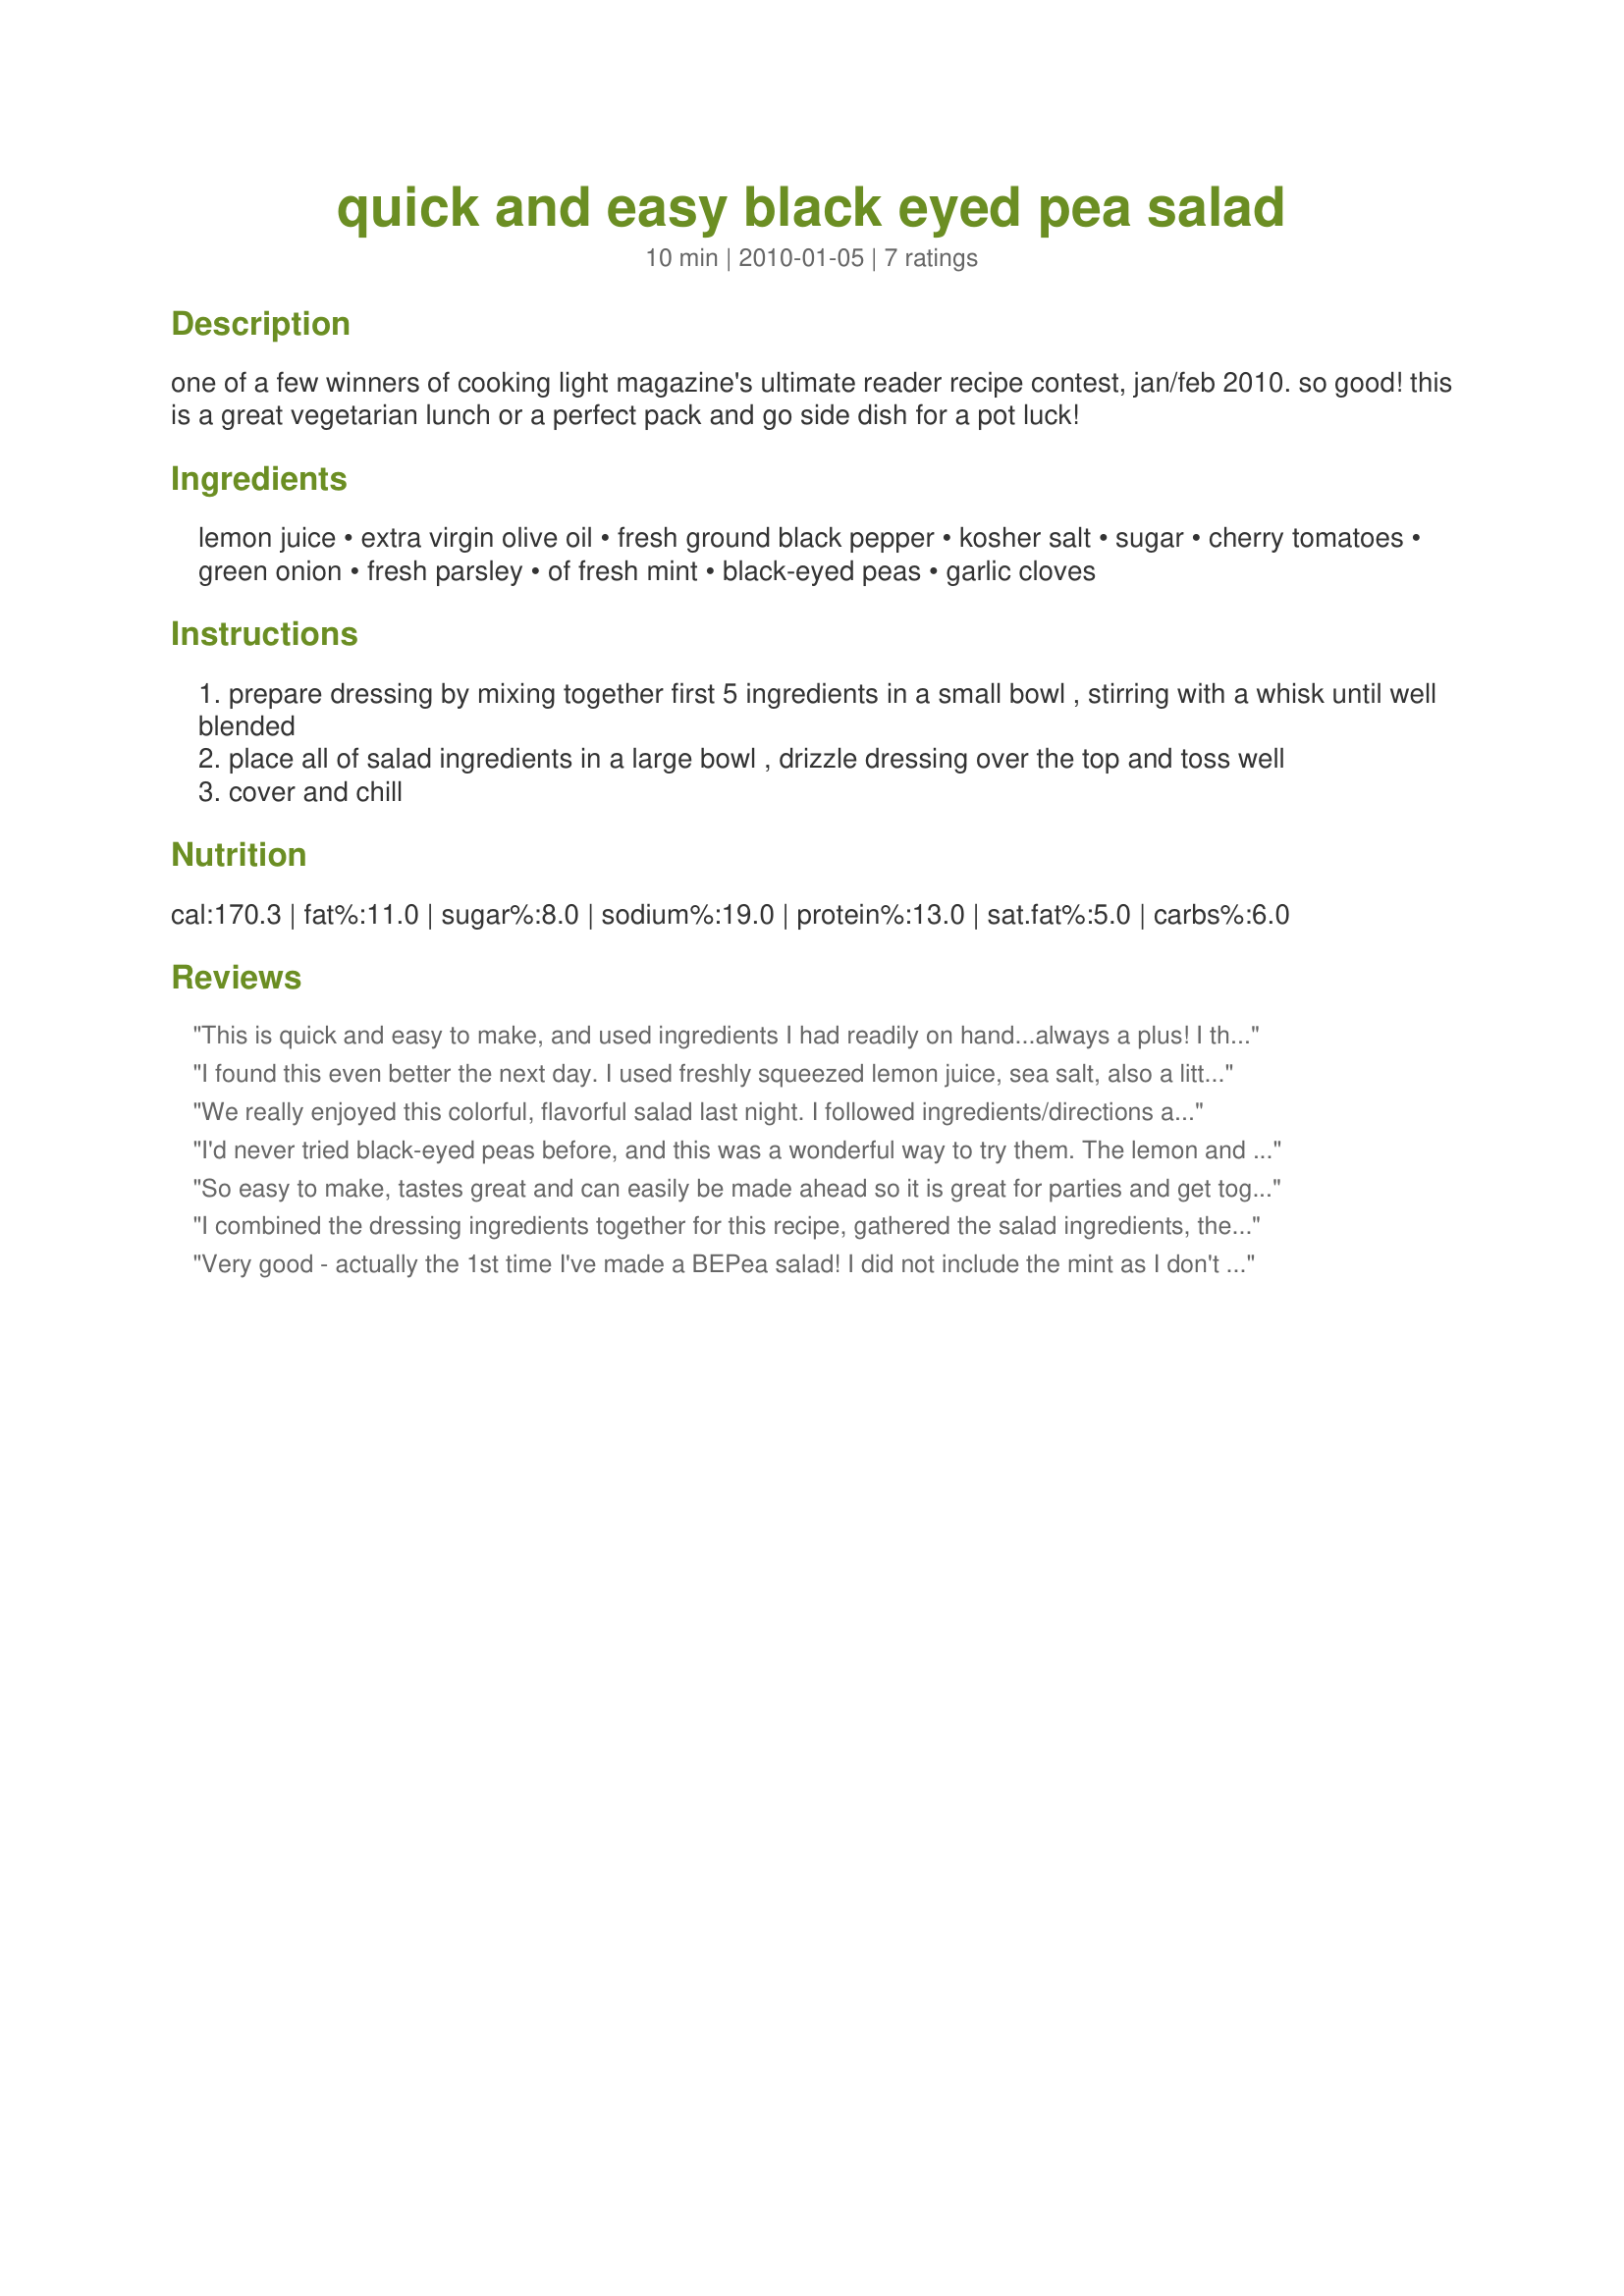
quick and easy black eyed pea salad
Preparation time: 10 minutes

one of a few winners of cooking light magazine's ultimate reader recipe contest, jan/feb 2010. so good! this is a great vegetarian lunch or a perfect pack and go side dish for a pot luck!

Ingredients:
lemon juice, extra virgin olive oil, fresh ground black pepper, kosher salt, sugar, cherry tomatoes, green onion, fresh parsley, of fresh mint, black-eyed peas, garlic cloves

Steps:
prepare dressing by mixing together first 5 ingredients in a small bowl , stirring with a whisk until well blended
place all of salad ingredients in a large bowl , drizzle dressing over the top and toss well
cover and chill

Reviews:
This is quick and easy to make, and used ingredients I had readily on hand...always a plus! I think it tasted better after sitting overnight, but really liked it more at room temperature than cold. Thanks for sharing! Made for ZWT Challenge.
I found this even better the next day. I used freshly squeezed lemon juice, sea salt, also a little extra white sugar, grape tomatoes, flat leaf parsley, no mint either plus the rest! Made for Veggie Swap 26 ~ September 2010.
We really enjoyed this colorful, flavorful salad last night. I followed ingredients/directions as posted and included the mint. I used seasoned salt as you suggested for the dressing. This was really good. I'd make it again. I doubled the ingredients to make more salad with no problems. Thanks! Made for ZWT7
I'd never tried black-eyed peas before, and this was a wonderful way to try them. The lemon and parsley gave it a light fresh flavor- often bean salads can feel heavy, but this one doesn't. I skipped the mint (don't care for it) and the tomatoes (not in season), and added some chopped orange bell pepper for color and crunch. Thanks for a great lunch salad! Made for ZWT7, Emerald City Shakers
So easy to make, tastes great and can easily be made ahead so it is great for parties and get togethers. Loved it.
I combined the dressing ingredients together for this recipe, gathered the salad ingredients, then realized I did not have a can of black eyed peas. The dressing was already made, other ingredients chopped, so I decided to sub a can of chickpeas for the black eyed peas. The dressing is so good in this that I do believe you could use any kind of pea or bean you wantin this salad. Allowed to marinate a few hours in the frige to combine the flavors, this is one awesome salad. I loved the use of the mint and would not leave it out. The combination of colors and flavors is wonderful. I used only one large clove of garlic and felt it was plenty. Thanks so much for sharing your recipe, JanuaryBride!
Very good - actually the 1st time I've made a BEPea salad! I did not include the mint as I don't care for the flavor too much, but I didn't miss it. Thought the flavor was great and DH loved it chilled, while I liked it better at room temperature. Thanks for posting this quick and easy recipe, I'll be making it again. Made for ZWT7 AFRICA and the HOT PINK LADIES!
